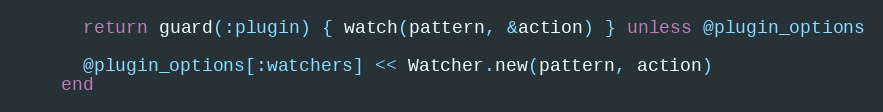
Language: Ruby
      return guard(:plugin) { watch(pattern, &action) } unless @plugin_options

      @plugin_options[:watchers] << Watcher.new(pattern, action)
    end